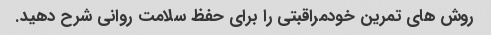
روش های تمرین خودمراقبتی را برای حفظ سلامت روانی شرح دهید.